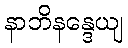
နာဘိနန္ဒေယျ